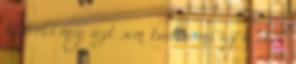
Harris még azt sem tudta mi az a rock